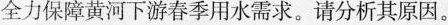
全力保障黄河下游春季用水需求。请分析其原因。